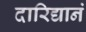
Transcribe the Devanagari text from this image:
दारिद्यानं